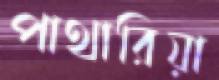
পাথারিয়া